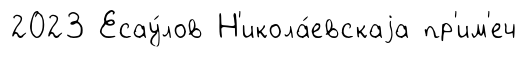
2023 Есау́лов Н'икола́евскаjа пр'им'еч